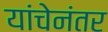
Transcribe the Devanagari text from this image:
यांचेनंतर